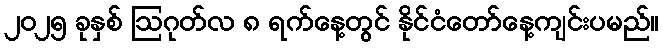
၂၀၂၅ ခုနှစ် ဩဂုတ်လ ၈ ရက်နေ့တွင် နိုင်ငံတော်နေ့ကျင်းပမည်။